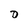
Character: D